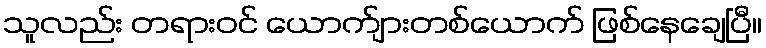
သူလည်း တရားဝင် ယောက်ျားတစ်ယောက် ဖြစ်နေချေပြီ။